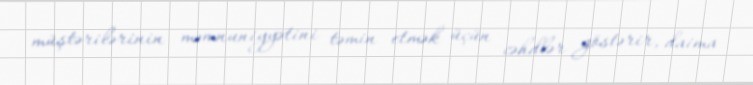
müştərilərinin məmnuniyyətini təmin etmək üçün cəhdlər göstərir, daima